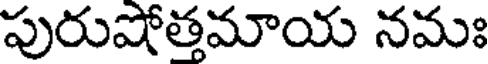
పురుషోత్తమాయ నమః